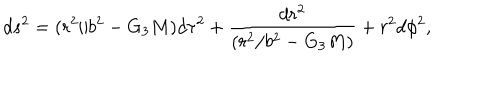
d s ^ { 2 } = ( r ^ { 2 } / b ^ { 2 } - G _ { 3 } M ) d \tau ^ { 2 } + { \frac { d r ^ { 2 } } { ( r ^ { 2 } / b ^ { 2 } - G _ { 3 } M ) } } + r ^ { 2 } d \phi ^ { 2 } ,